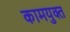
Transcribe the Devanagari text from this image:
कामयुक्त